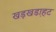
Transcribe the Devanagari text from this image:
खड़खडा़हट